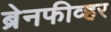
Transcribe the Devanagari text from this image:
ब्रेनफीव्हर